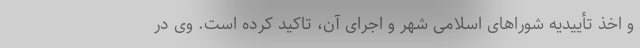
و اخذ تأییدیه شوراهای اسلامی شهر و اجرای آن، تاکید کرده است. وی در